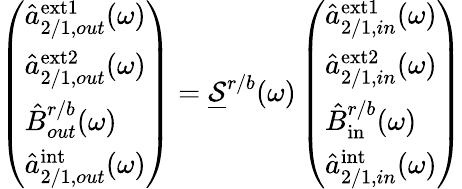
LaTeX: \left(\begin{array}{l}{\hat{a}_{2/1,out}^{\mathrm{ext1}}(\omega)}\\ {\hat{a}_{2/1,out}^{\mathrm{ext2}}(\omega)}\\ {\hat{B}_{out}^{r/b}(\omega)}\\ {\hat{a}_{2/1,out}^{\mathrm{int}}(\omega)}\end{array}\right)=\underline{{\mathcal{S}}}^{r/b}(\omega)\left(\begin{array}{l}{\hat{a}_{2/1,in}^{\mathrm{ext1}}(\omega)}\\ {\hat{a}_{2/1,in}^{\mathrm{ext2}}(\omega)}\\ {\hat{B}_{\mathrm{in}}^{r/b}(\omega)}\\ {\hat{a}_{2/1,in}^{\mathrm{int}}(\omega)}\end{array}\right)